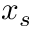
x _ { s }